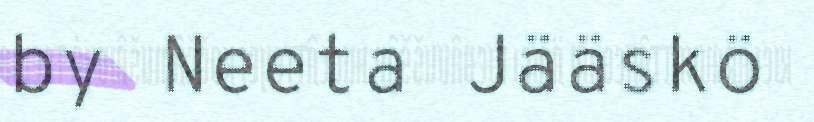
by Neeta Jääskö